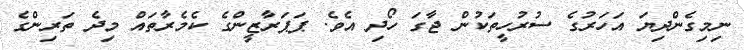
ނިމިގެންދިޔަ އަހަރުގެ ސުރުހީތަކުން ޖާގަ ހޯދި އެވެ. ޕަޕަރާޒީންގެ ކެމެރާތައް މިދެ ތަރިންގެ